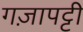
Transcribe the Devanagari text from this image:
गज़ापट्टी